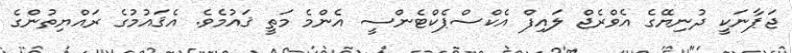
ޖަޕާނަކީ ދުނިޔޭގެ އެވްރެޖް ލައިފް އެކްސްޕެކްޓެންސީ އެންމެ މަތީ ޤައުމެވެ. އެޤައުމުގެ ރައްޔިތުންގެ